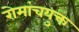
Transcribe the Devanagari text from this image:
रोमांचयुक्त